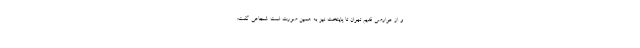
و از عوارضی قدیم تهران تا پایتخت نیز به همین صورت است. شجاعی گفت: